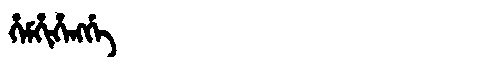
Manchu: ᡥᡝᠮᡥᡳᡥᡝᠩᡤᡝ
Romanization: HEMHIHENGGE